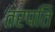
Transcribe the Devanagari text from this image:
तरपति